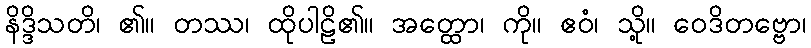
နိဒ္ဒိသတိ၊ ၏။ တဿ၊ ထိုပါဠိ၏။ အတ္ထော၊ ကို။ ဧဝံ၊ သို့။ ဝေဒိတဗ္ဗော၊